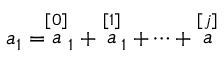
a _ { 1 } = \stackrel { [ 0 ] } { a } _ { 1 } + \stackrel { [ 1 ] } { a } _ { 1 } + \cdots + \stackrel { [ j ] } { a }